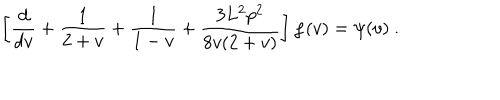
\left[ \frac { d } { d v } + \frac 1 { 2 + v } + \frac 1 { 1 - v } + \frac { 3 L ^ { 2 } p ^ { 2 } } { 8 v ( 2 + v ) } \right] \varphi ( v ) = \psi ( v ) ~ .